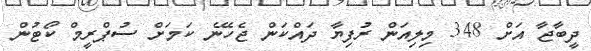
ދީބާޖާ އަށް 348 މިލިއަން ރުފިޔާ ދައްކަން ޖެހޭނެ ކަމަށް ސުޕްރީމް ކޯޓުން